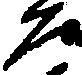
た